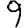
Digit: 9